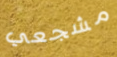
مشجعي